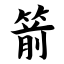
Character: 箭